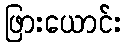
ဖြားယောင်း